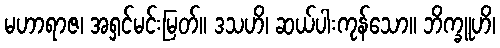
မဟာရာဇ၊ အရှင်မင်းမြတ်။ ဒသဟိ၊ ဆယ်ပါးကုန်သော။ ဘိက္ခူဟိ၊